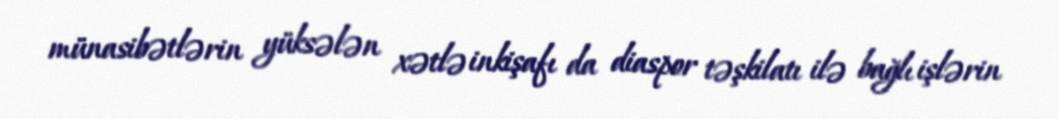
münasibətlərin yüksələn xətlə inkişafı da diaspor təşkilatı ilə bağlı işlərin